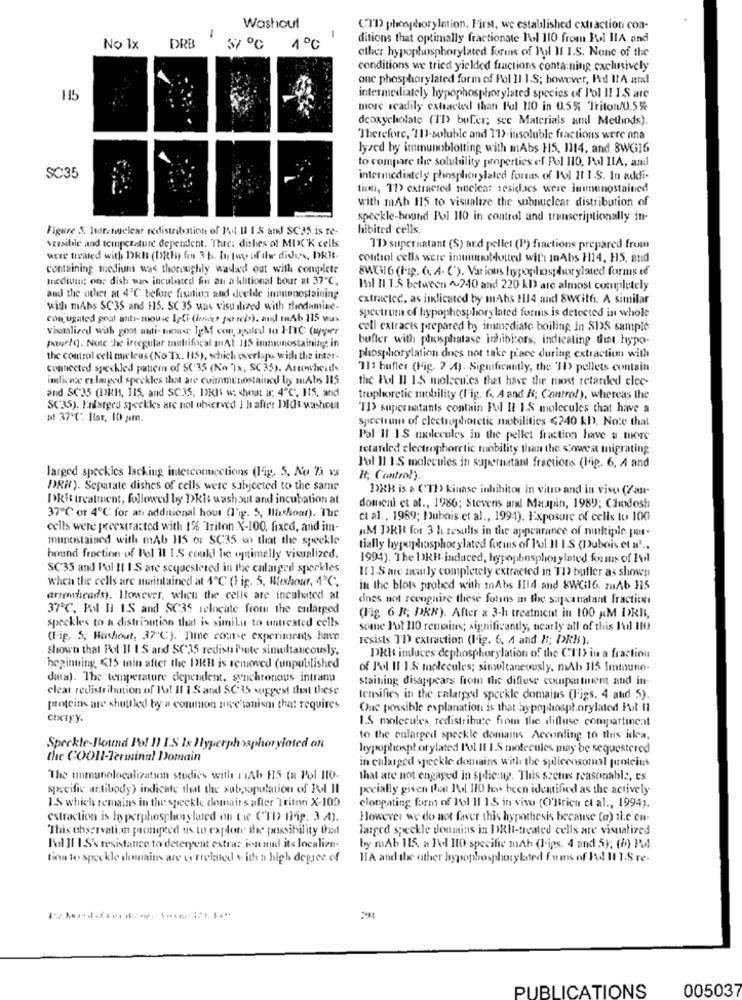
-
Washout
CTD phosphorylation. First, we established extraction con-
ditions that optimally fractionate Pol 110 from Pool IIA and
No 1x
DRB
1º0
other hypophosphorylated forms of Pol II I.S. None of the
conditions we tried yielded fractions containing exclusively
one phosphorylated form of Pol 11 1.S; however, And IIA and
15
intermediately hypophosphorylated species of Pol I! I.S are
more readily cattacted than Pul HO in 0.5% Triton/0.5%
deoxycholate (TI) bufer; see Materials and Methods).
Therefore, "111-soluble and 11). insoluble fractions were ona-
lyzed by immunoblotting with mAbs H5, 1114, and 8WG16
to compare the solubility properties el Pol 110, Pol IIA, and
SC35
intermediately phosphorylated foreas of Il 11 IS. In addi-
tion, TI extracted nuclear sesides were immunostained
with mAh 115 to visualize the subnuclear distribution of
speckle-bound Pol 110 in control and transcriptionally in-
Figure 5. luttetwelear redistribution of I'd I1 1.S and SC35 is te-
hibited cells.
versible and temperature dependent. The: dishes of MUCK cells
TD supernatant ($) ard pellet (P) fractions prepared from
were treated with DkEt (DRis) fon 3 h. In tuyo of the dishes, bkRt.
control cells were immn
oblotted with InAbs 1114, HS, and
containing medium was thoroughly wada'd out with complete
8WG16 (Fig. (, A- C'). Various hypophosphor ylated forms ef
meditttu; one dish was incubated fu at a klitional bour at 37"℃,
Pol Il TS between ~240 and 220 kl are almost completely
and the other at 4'℃ before fixation and deelde immunostaining
extractce, as indicated by mAbs H14 and 8With. A similar
with mAbs SC'35 and $15. SC 35 was visu ilized with rhodamine-
spectrum of hypophosphorylated forms is detected in whole
com ugaled goat ants-mouse IgGi (hence? porels), and mAb 115 was
visualized with goat anti- nowwe IgM con spaled to IIC (upper
coll extracis prepared by immediate boiling in SDS sample
buffer with phosphatase inhibitors, indicating that hypo-
pourhg. Not the irregular malifiscal mnAt 115 immunostaining in
the control cell mieleas (No Tx. H5), which overlaps with the inter-
phosphorylation does not take place during extraction with
connected speckled pattern of SC 35 (No "Ta, SC35). Arrowhead«
"111 bufler (Fig. 2 4). Significantly, the 'ID pellets contain
indicate enlarged speckles this are cuimmetostained by mAbs 115
the Pol Il I.S molecu.cs that have the mwst retarded elec-
and SC-35 (Bikl, 115, and SC35; DKK w: shout a: 4"℃, 115, and
trophoretic mobility (Fig. 6 ., A and Is; Control), whereas the
SC35). Enlarged speckles are not observed I hafter Didit washout
"TI> supernatants contain Fol Il 1.S molecules that have a
at 37℃ :. Rar, 10 pm.
spectrum of clectrophoretic mobilities <240 kD). Note that
Pol 11 1 S molecules in the pellet fraction have a more
retarded electrophoretic mobility than the slowest migrating
larged speckles lacking interconnections (Fig. 5. No Ti vs
J'ol 11 1.S molecules in supernatant fractions (Fig. 6. A and
H; Contro!).
PRW). Separate dishes of cells were subjected to the same
DRB is & CTI kinase inhibitor in vitro and in vivo (7an-
DRit treatment, followed by Dkit wash out and incubation at
domeni et al ., 1986; Stevens and Maapin, 1989; Chodost
37℃: or 4℃ for an additional hout (l'ig. 5, Mashonr). The
et al ., 1989; Dubois et al ., 1991). Exposure of cells to 100
cells were preextracted with 1% Triton X-100, fixed, and im-
«M DKR for 3 h results in the appearance of multiple per-
munostained with mAb 115 or SC35 so that the speckle
tially hypophosphor ylated forms of Pol Il IS (Dubois et a !..
hound fraction of Bol Il 1.S could be optimally visualized.
1994). The DRE-induced, hypophosphor ylated fou ins of Hol
SC35 and Pol II I S are sequesteted in the enlarged sparkles
[1 ] S are nearly completely extracted in TI buffer as shown
when the cells are maintained at 4"℃ (Fig. 5, Wieshour, 4℃ ;,
in the blots probed with mAbs Ild and &WCil6. maAb 115
arrowheads). However, when the cells are incahated at
does not recognize these forins in the sapxatatant Fraction
37℃, Pol Il IS and SC35 relocate from the enlarged
(Fig. 6 Rt; DKK). After a 3-h treatment in 100 KM DER,
speckle's to a distribution that is similu to untreated cells
somne l'ot 110 remains; significantly, nearly all of this l'ol 110
(Fig. 5, Hashout, 37"℃). Time course experiments have
resists I'D extraction (l'ig. 6, 4 and #; DkB).
shown that Pol Il IS and SC35 redisti Fute simultaneously,
PKB induces dephosphorylation of the CTD in a fraction
beginning <15 min after the DRE is renewed (unpublished
of Pol Il 1.8 molecules; simultaneously, mAb 115 Immuno-
data). The temperature dependent. synchronous intranu
staining disappears from the diffuse compartment and int-
clear redistribution of Po! Il 1.S and SC35 suggest that these
lensifies in the calarged speckle domains (Figs. 4 and 5).
proteins are shuttled by a common mechanismi that requires
One possible explanation is that by-pophosphorylated Fool Il
cnergy.
I.S molecules redistribute from the diffuse compartinc.il
to the enlarged speckle domains According to this idea,
Speckle-Bound Po! Il I.S Is Hyperphosphorylated on
hypophosphorylated l'ol Il 1.S molecules may be sequestered
the COOIl-Terminal Domain
in calatged speckle domains with the spliceosomal proteins
The inmunolocalization studies with 1 Ab 115 (a Pol HO-
that are not engaged in splic:up. This scetus reasonable, es
specific antibody> indicate that the subpopulation of Pol Il
pecially given that Pool 110 has been identified as the actively
1 S which remains in the speckle domait s after Triton X-100
elongating form of Pol Il 1.S in visu (O'Brich et al ., 1994).
extraction is hyperphosphorylated ou tie (TD> fig. 3 .A).
However we do not faver this hypothesis because (a) the en-
This observation pompeed us to explore the possibility that
larged speckle donmias in DRI-treated cells are visualized
Rol ]1 I.S's resistance to detergent extras ion and its localize-
by mAb 115. a Fol It0-specific InAh (1-ips. 4 and 5); (b) Pol
tion te speckle domains are cerrelated with a high degree of
ITA and the other hypophosphorybaited Ewms of Pad I1 1.STe.
291
PUBLICATIONS
005037